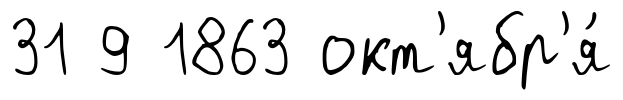
31 9 1863 окт'ябр'я́